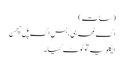
(سات)
اک لمحہ ہی، بس اک پل چھِن
ایکلویہ توؔ ٹوٹ گیا ۔